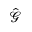
\hat { \mathcal { G } }